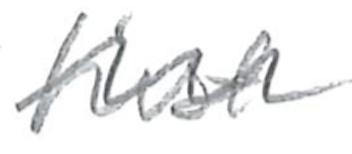
Text: first
Cross-out: wave
Writing tool: pencil